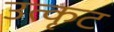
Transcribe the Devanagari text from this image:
उत्कृट